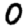
Digit: 0